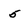
Character: 5